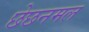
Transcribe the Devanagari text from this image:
छेछनमल